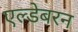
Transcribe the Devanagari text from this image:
एल्डेबरन